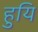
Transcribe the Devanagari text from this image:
हुयि